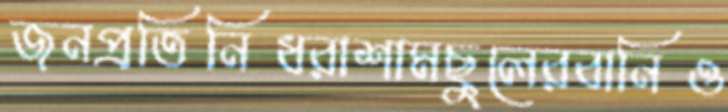
জনপ্রতিনিধরাশামছুলেরবানিও